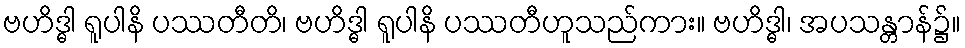
ဗဟိဒ္ဓါ ရူပါနိ ပဿတီတိ၊ ဗဟိဒ္ဓါ ရူပါနိ ပဿတီဟူသည်ကား။ ဗဟိဒ္ဓါ၊ အပသန္တာန်၌။